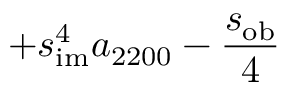
+ s _ { \mathrm { i m } } ^ { 4 } a _ { 2 2 0 0 } - \frac { s _ { \mathrm { o b } } } { 4 }